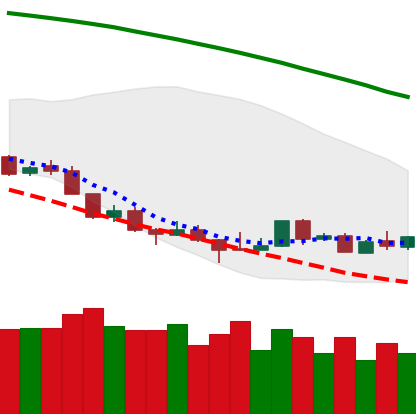
Ticker: LTC-USD
Chart end date: 2018-08-23
Forward return: 9.525%
Label: up_7plus